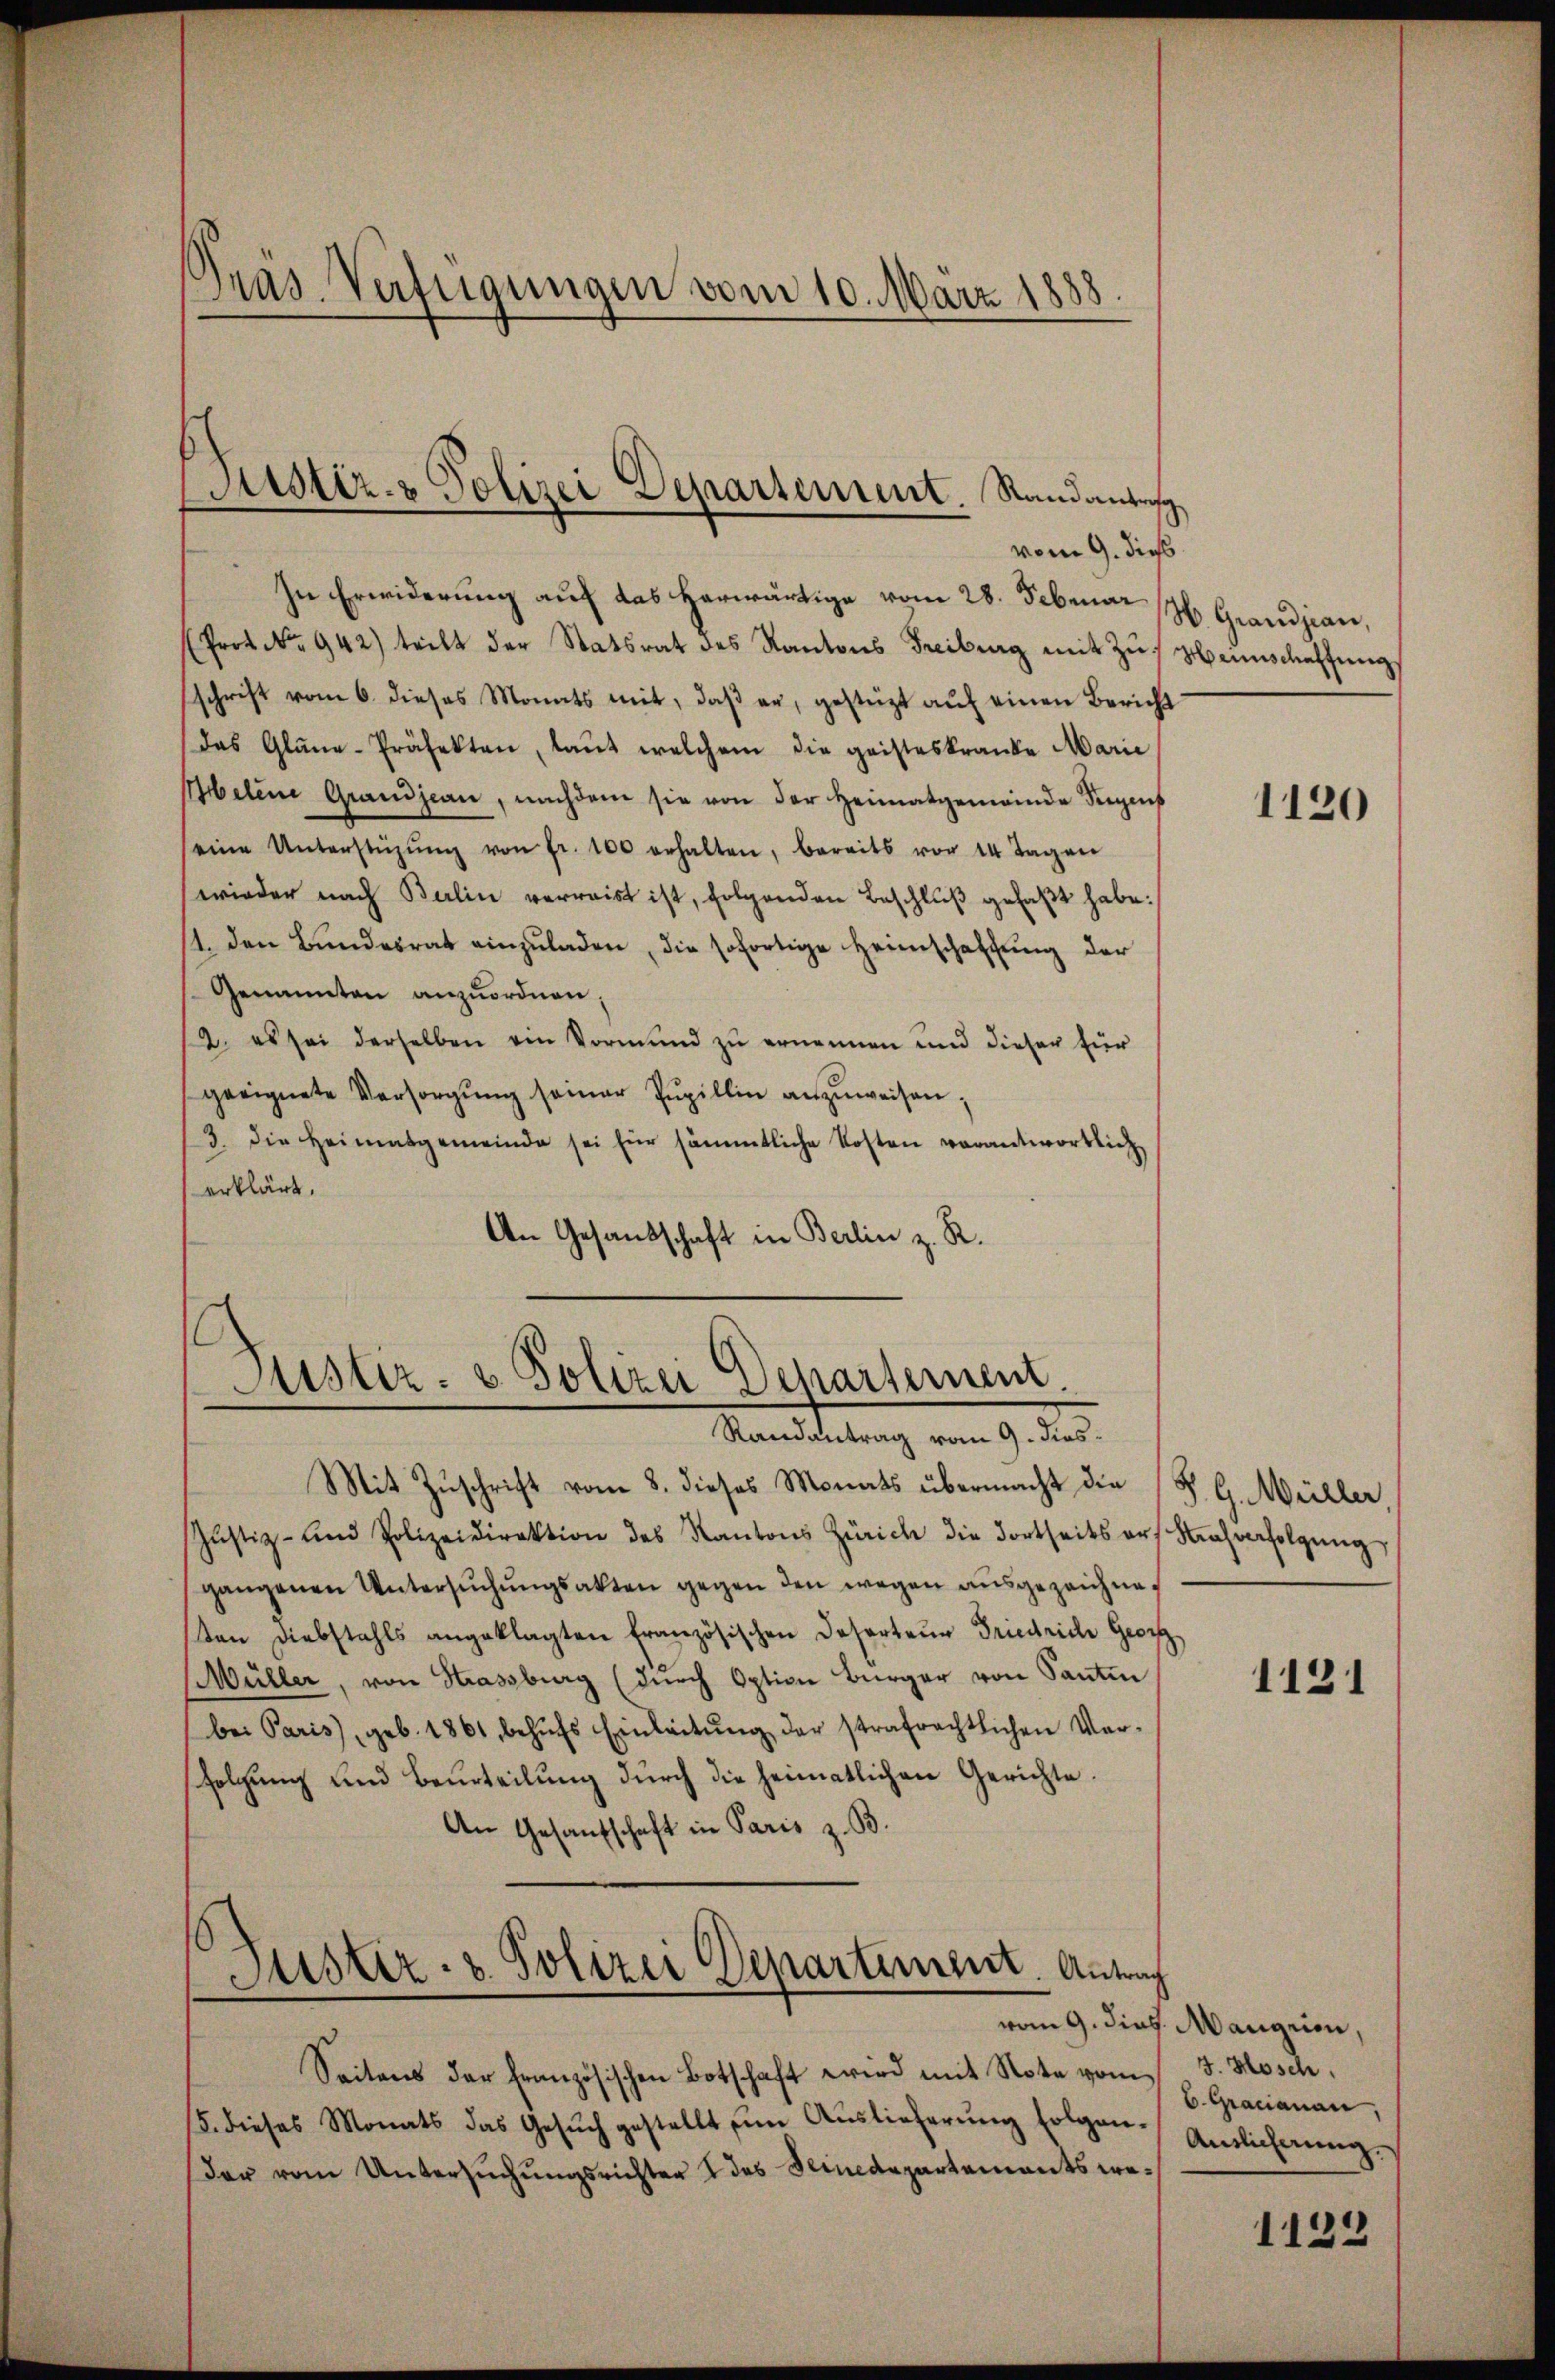
.
Präs. Verfügungen vom 10. März 1888.

In Erwiderung auf das herwärtige vom 28. Februar 14. Grandjean,
(Prot. No. 942) teilt der Statsrat des Kantons Freiburg mit Zŭs Heimschaffŭng.
schrift vom 6. dieses Monats mit, daß er, gestützt auf einen Bericht
das Gläne-Präfekten, laŭt welchem die geisteskranke Marie
Abelene Grandjean, nachdem sie von der Heimatgemeinde Seeges
seine Unterstüzŭng von fr. 100 erhalten, bereits vor 14 Tagen
wieder nach Berlin verreist ist, folgenden Beschlŭβ gefaßt habe:
11. den Bŭndesrat einzŭladen, die sofortige Heimschaffŭng der
Genannten anzuordnen;
12. es sei derselben ein Vormund zu ernennen und dieser für
geeignete Versorgŭng seiner Pupillin anzŭweisen;
3. die Heimatgemeinde sei für sämmtliche Kosten verantwortlich
erklärt.
An Gesandschaft in Berlin z. R.

Justiz- & Polizei Departement. Standantris
vom 9. dies

C
Justiz- u. Polizei Departement
Randantrag vom 9. dies¬

Mit Zuschrift vom 8. dieses Monats übermacht die (S. G. Müller
Jŭstiz- und Polizeidirektion des Kantons Zürich die Fortseits orf Nachverfolgŭng
gangenen Untersŭchŭngsakten gegen den wegen ausgezeichneden Diebstahls angeklagten französischen Deserteŭr Friedrich Geor
(Wüller, von Strassburg (dŭrch Option Bürger von Santin
bei Paris, geb. 1861, behŭfs Einleitŭng der strafrechtlichen Ver-
folgung und Beurteilung durch die heimatlichen Gerichte.
An Gesandschaft in Paris z. B.
Justiz- & Polizei Departement. Antrag

Seitens der französischen Botschaft wird mit Note vom
15. dieses Monats das Gesŭch gestellt ŭm Aŭslieferŭng folgen-
Der vom Untersuchungsrichter 2 des Seinedepartementswe¬

vom 9. dies. Mangrion,

1120

1131

3. Mosch
b. Gracianan,
Auslicherung

1122